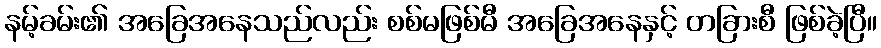
နမ့်ခမ်း၏ အခြေအနေသည်လည်း စစ်မဖြစ်မီ အခြေအနေနှင့် တခြားစီ ဖြစ်ခဲ့ပြီ။